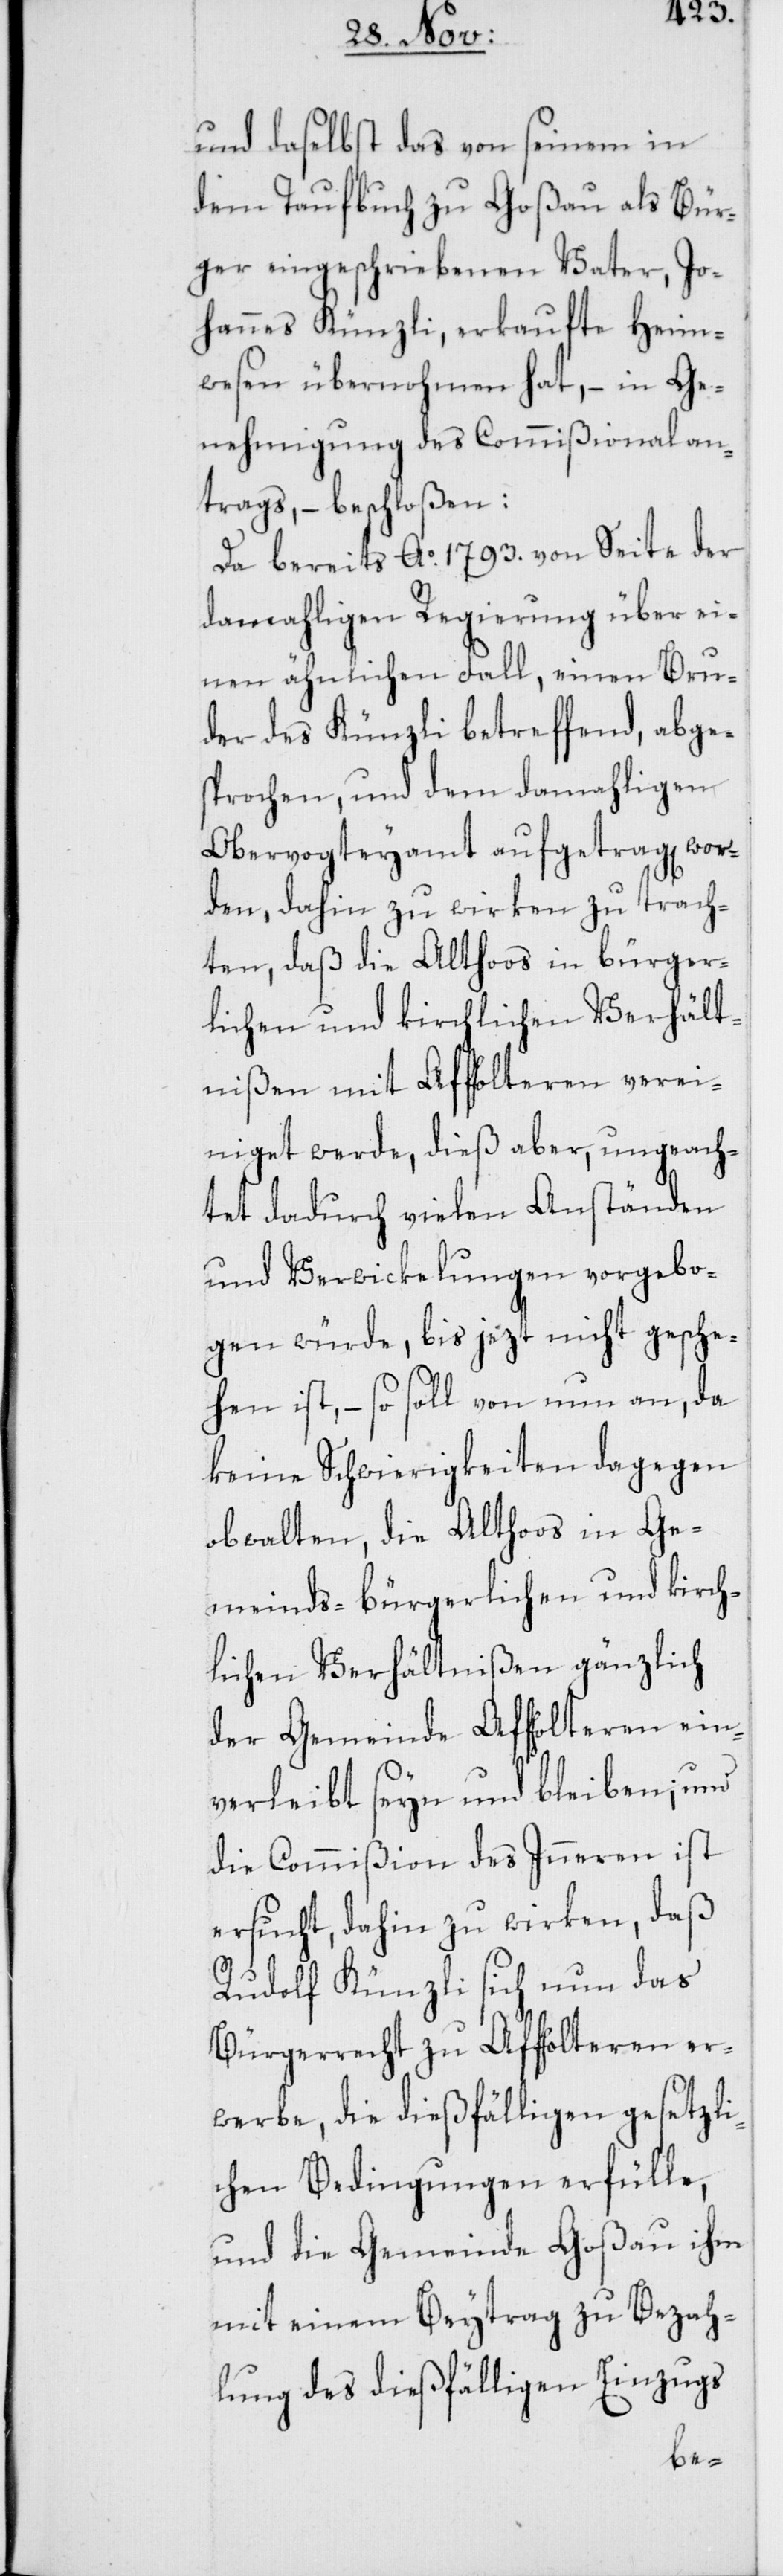
und daselbst das von seinem in
dem Taufbuch zu Goßau als Bür¬
ger eingeschriebenen Vater, Jo¬
hannes Künzli, erkaufte Heim¬
wesen übernohmen hat, – in Ge¬
nehmigung des Commißionalan¬
trags, – beschloßen:
Da bereits Ao. 1793. von Seite der
damahligen Regierung über ei¬
nen ähnlichen Fall, einen Bru¬
der des Künzli betreffend, abge¬
sprochen, und dem damahligen
Obervogteyamt aufgetrag[en] wor¬
den, dahin zu wirken zu trach¬
ten, daß die Althoos in bürger¬
lichen und kirchlichen Verhält¬
nißen mit Affholteren verei¬
niget werde, dieß aber, ungeach¬
tet dadurch vielen Anständen
und Verwicklungen vorgebo¬
gen würde, bis jezt nicht gesche¬
hen ist , – so soll von nun an, da
keine Schwierigkeiten dagegen
obwalten, die Althoos in Ge¬
meinds-bürgerlichen und kirch¬
lichen Verhältnißen gänzlich
der Gemeinde Affholteren ein¬
verleibt seyn und bleiben; und
die Commißion des Inneren ist
ersucht, dahin zu wirken, daß
Rudolf Künzli sich nun das
Bürgerrecht zu Affholteren er¬
werbe, die dießfälligen gesetzli¬
chen Bedingungen erfülle,
und die Gemeinde Goßau ihm
mit einem Beytrag zu Bezah¬
lung des dießfälligen Einzugs